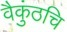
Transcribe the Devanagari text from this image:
वैकुंठचि